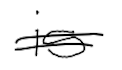
Text: is
Cross-out: double-line
Writing tool: digital_black